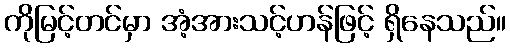
ကိုမြင့်တင်မှာ အံ့အားသင့်ဟန်ဖြင့် ရှိနေသည်။